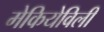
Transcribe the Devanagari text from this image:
मेकियेविली